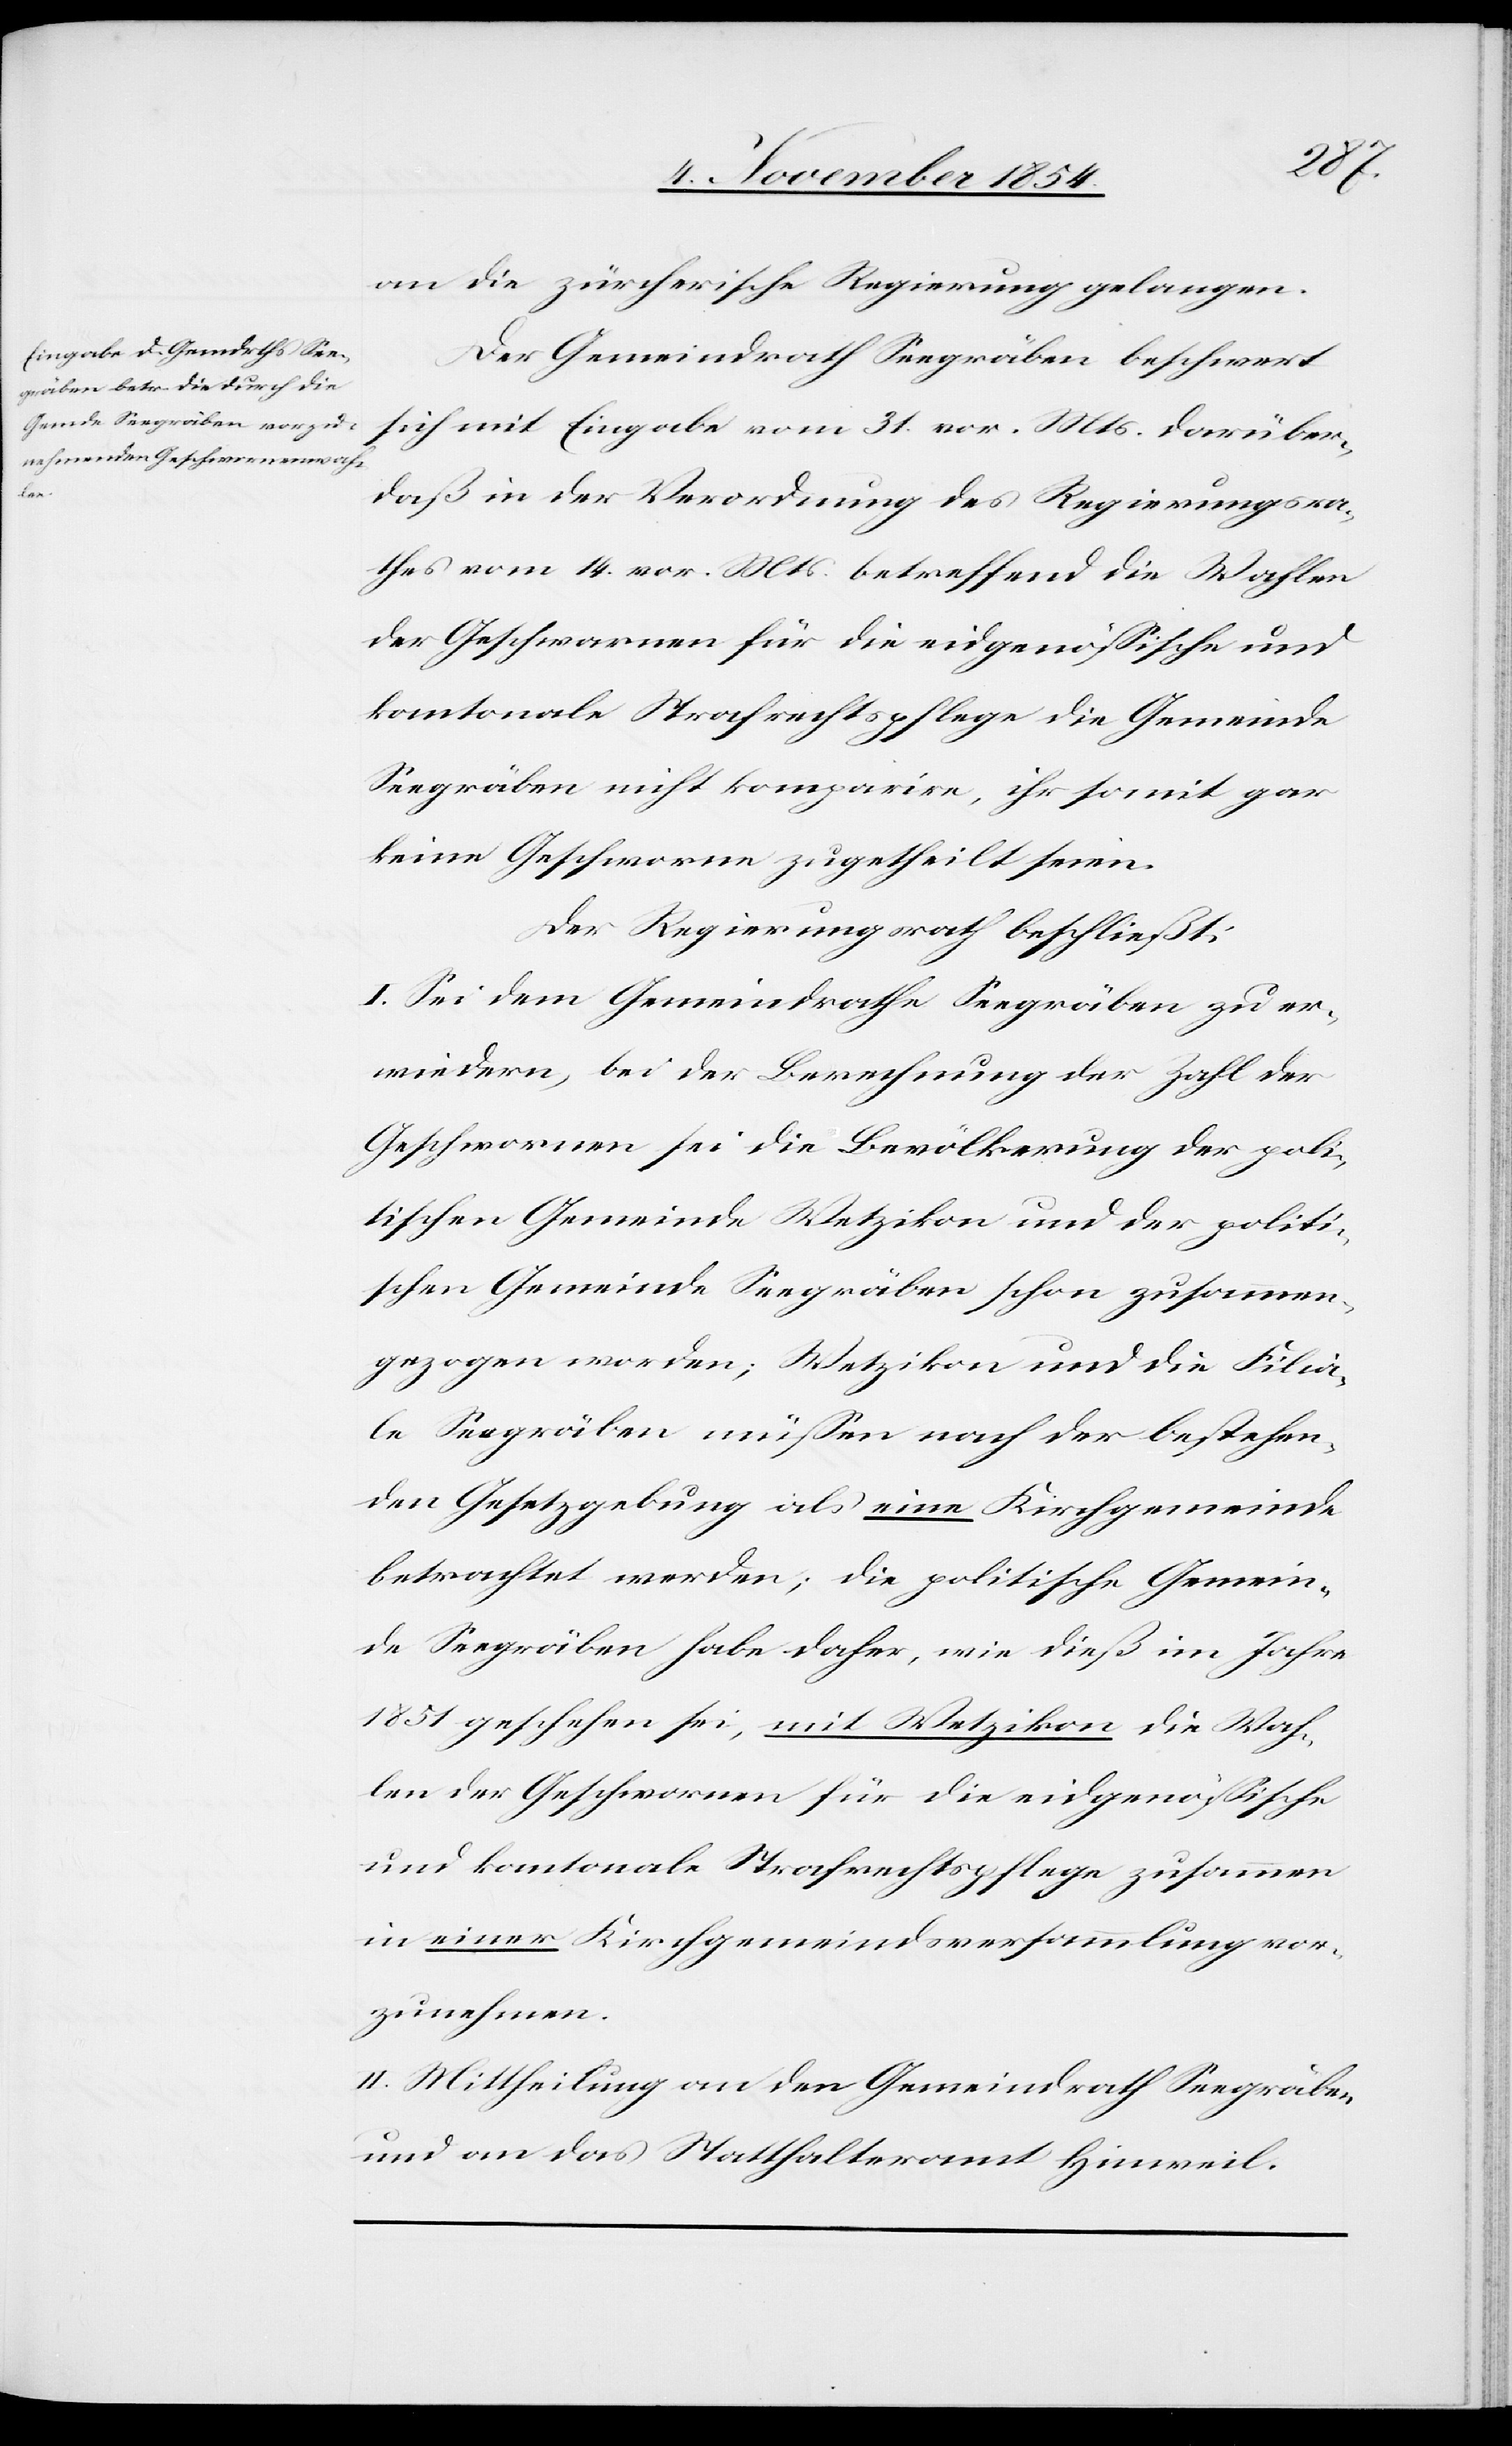
an die zürcherische Regierung gelangen.
Der Gemeindrath Seegräben beschwert
sich mit Eingabe vom 31. vor. Mts. darüber,
daß in der Verordnung des Regierungsra¬
thes vom 14. vor. Mts. betreffend die Wahlen
der Geschwornen für die eidgenößische und
kantonale Strafrechtspflege die Gemeinde
Seegräben nicht komparire, ihr somit gar
keine Geschwornen zugetheilt seien.
Der Regierungsrath beschließt:
I. Sei dem Gemeindrathe Seegräben zu er¬
wiedern, bei der Berechnung der Zahl der
Geschwornen sei die Bevölkerung der poli¬
tischen Gemeinde Wetzikon und der politi¬
schen Gemeinde Seegräben schon zusammen¬
gezogen worden; Wetzikon und die Filia¬
le Seegräben müßen nach der bestehen¬
den Gesetzgebung als eine Kirchgemeinde
betrachtet werden; die politische Gemein¬
de Seegräben habe daher, wie dieß im Jahre
1851 geschehen sei, mit Wetzikon die Wah¬
len der Geschwornen für die eidgenößische
und kantonale Strafrechtspflege zusammen
in einer Kirchgemeindsversammlung vor¬
zunehmen.
II. Mittheilung an den Gemeindrath Seegräben
und an das Statthalteramt Hinweil.